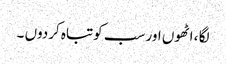
لگا ، اٹھوں اور سب کوتباہ کردوں ۔